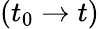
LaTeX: (t_{0}\rightarrow t)